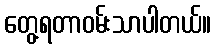
တွေ့ရတာဝမ်းသာပါတယ်။